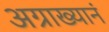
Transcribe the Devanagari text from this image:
अग्राख्यानं